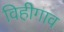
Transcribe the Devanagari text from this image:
विहीगाव